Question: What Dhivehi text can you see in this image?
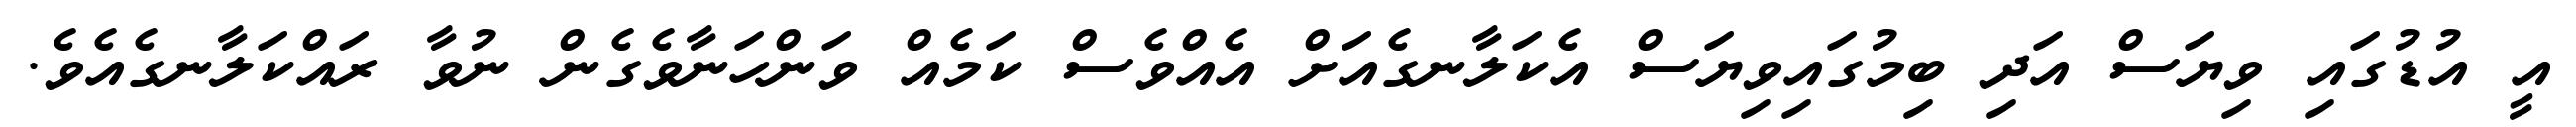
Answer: އީ އުޑުގައި ވިޔަސް އަދި ބިމުގައިވިޔަސް އެކަލާނގެއަށް އެއްވެސް ކަމެއް ވަންހަނާވެގެން ނުވާ ރައްކަލާނގެއެވެ.